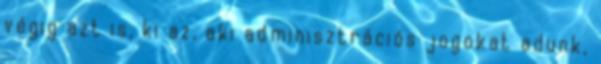
végig azt is, ki az, aki adminisztrációs jogokat adunk,